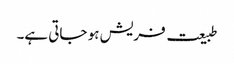
طبیعت فریش ہو جاتی ہے۔